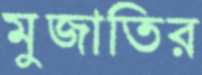
মুজাতির